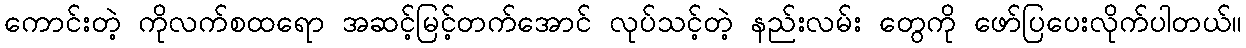
ကောင်းတဲ့ ကိုလက်စထရော အဆင့်မြင့်တက်အောင် လုပ်သင့်တဲ့ နည်းလမ်း တွေကို ဖော်ပြပေးလိုက်ပါတယ်။